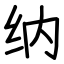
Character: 纳